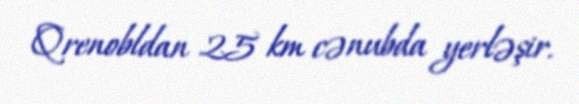
Qrenobldan 25 km cənubda yerləşir.